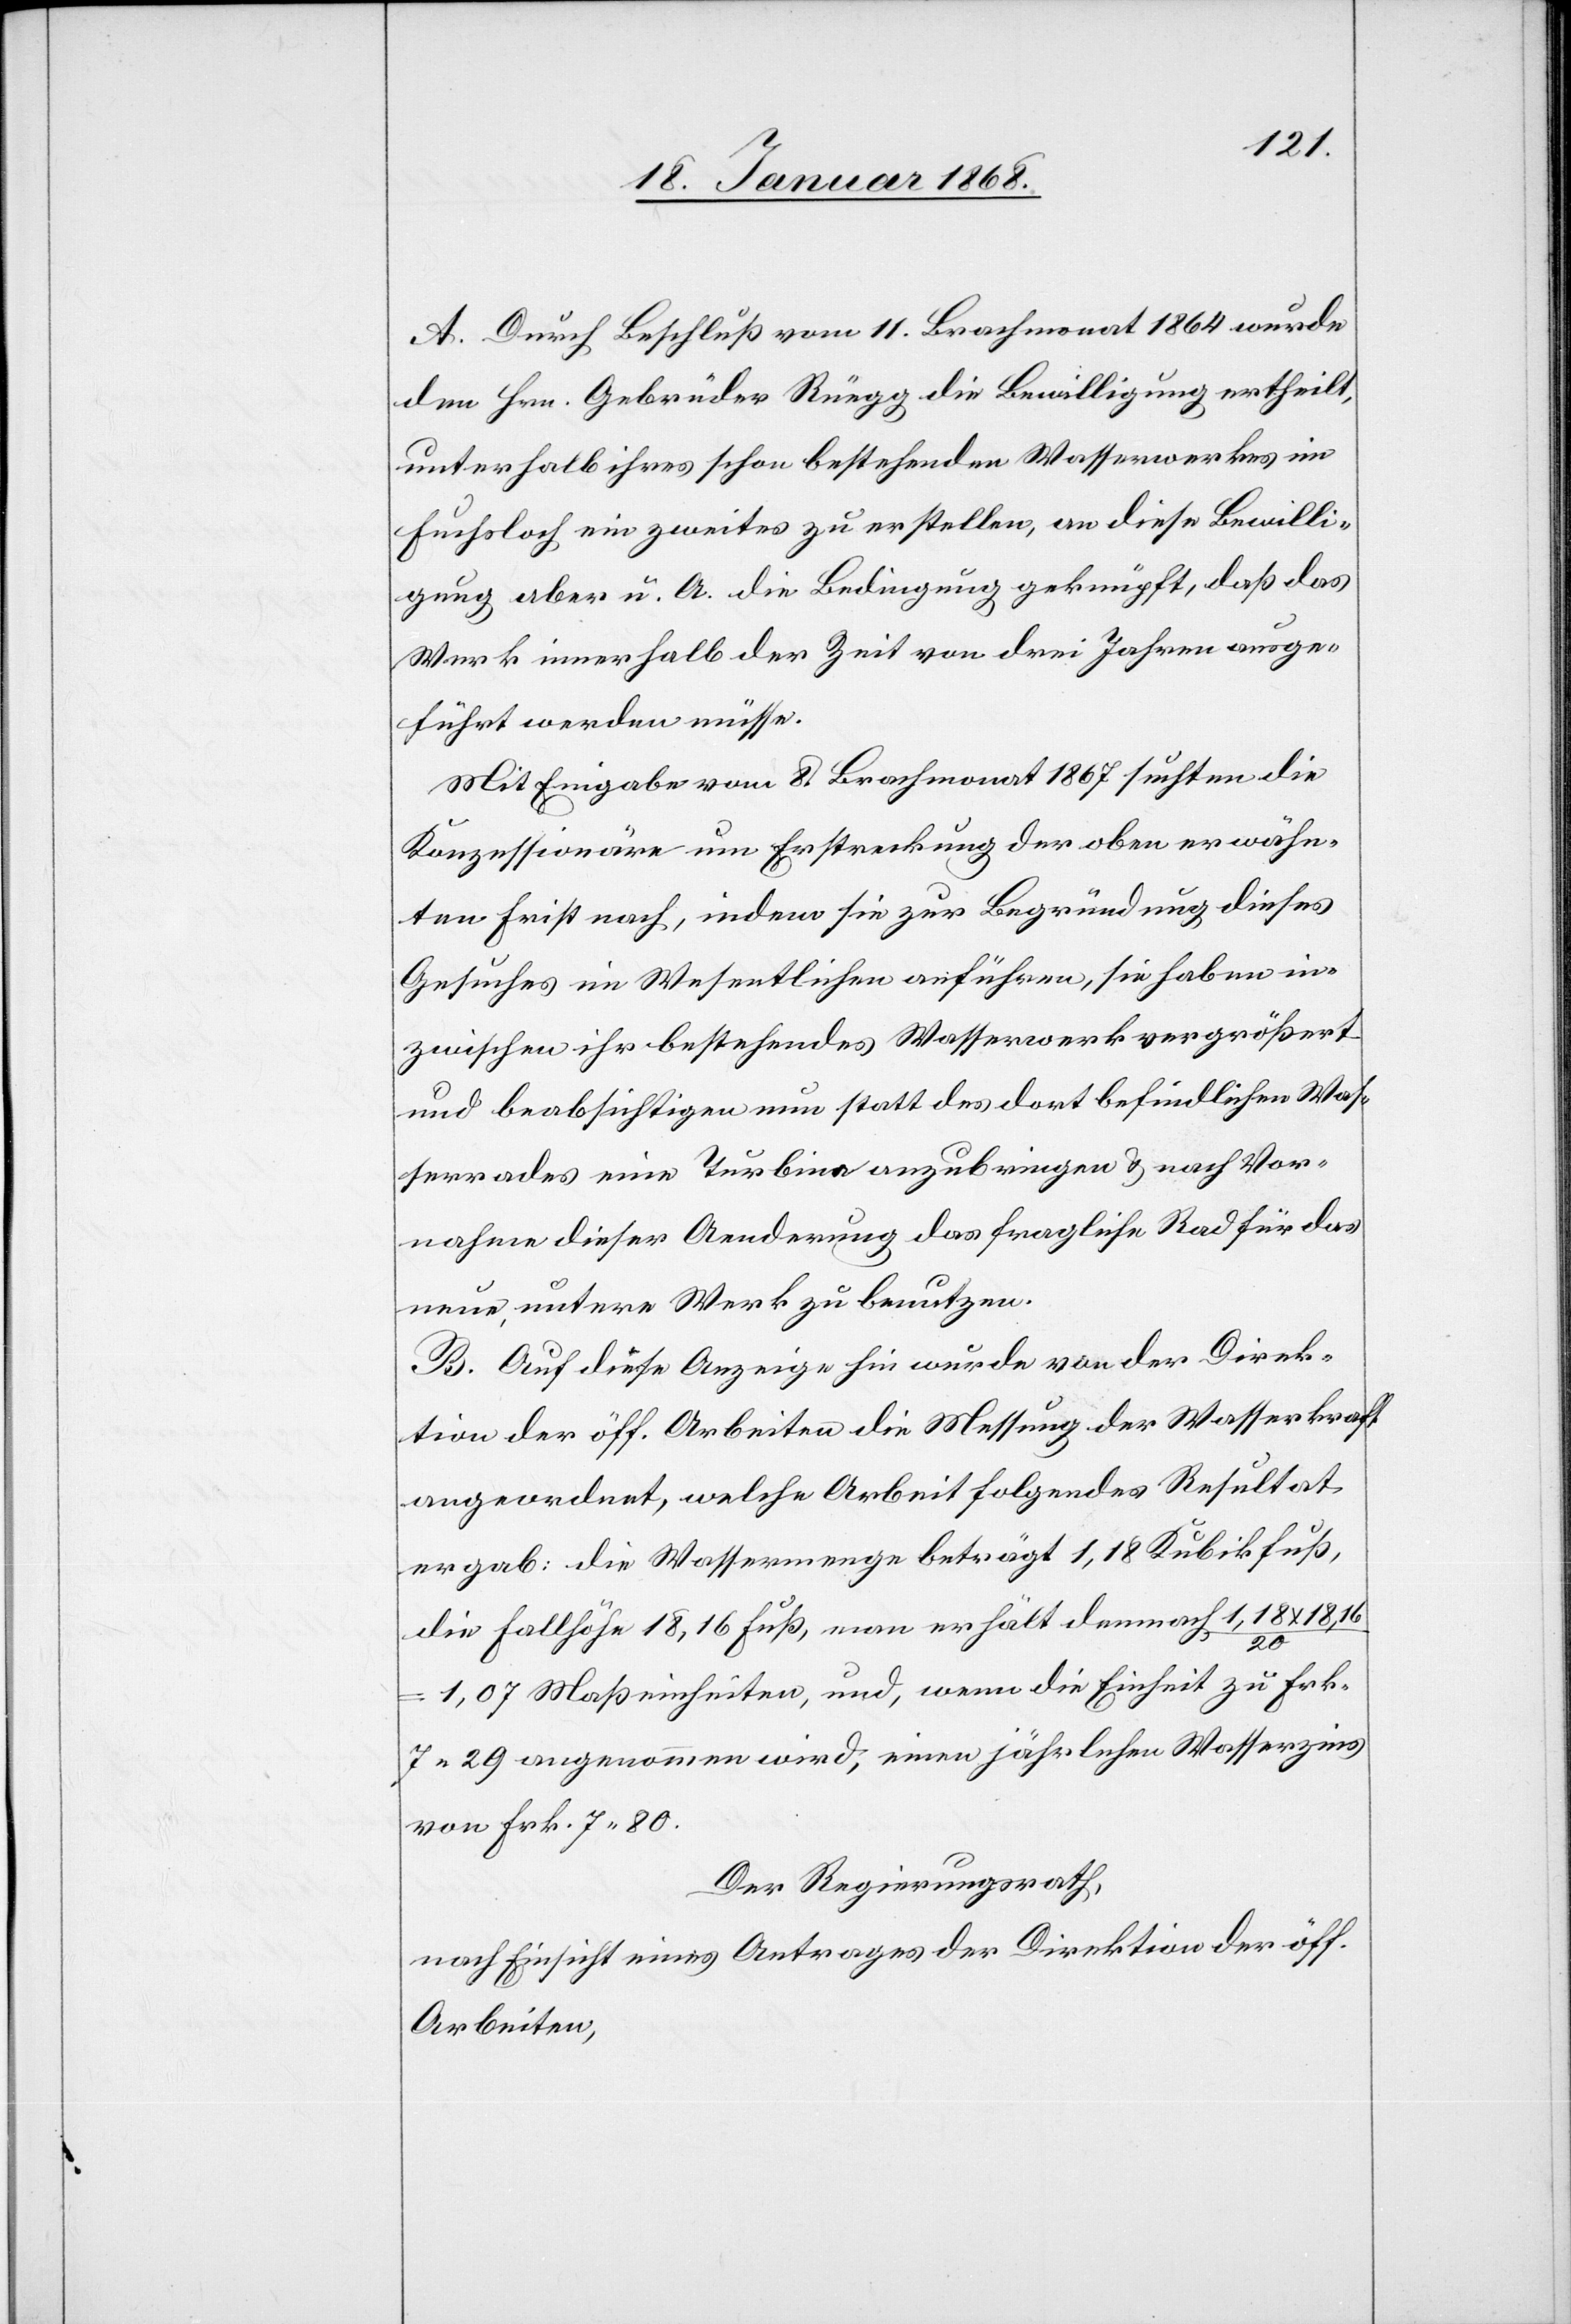
A. Durch Beschluß vom 11. Brachmonat 1864 wurde
den Hrn. Gebrüder Rüegg die Bewilligung ertheilt,
unterhalb ihres schon bestehenden Wasserwerkes im
Fuchsloch ein zweites zu erstellen, an diese Bewilli¬
gung aber u. A. die Bedingung geknüpft, daß das
Werk innerhalb der Zeit von drei Jahren ausge¬
führt werden müsse.
Mit Eingabe vom 8. Brachmonat 1867 suchten die
Konzessionäre um Erstreckung der oben erwähn¬
ten Frist nach, indem sie zur Begründung dieses
Gesuches im Wesentlichen anführen, sie haben in¬
zwischen ihr bestehendes Wasserwerk vergrößert
und beabsichtigen nun statt des dort befindlichen Was¬
serrades eine Turbine anzubringen & nach Vor¬
nahme dieser Aenderung das fragliche Rad für das
neue, untere Werk zu benutzen.
B. Auf diese Anzeige hin wurde von der Direk¬
tion der öff. Arbeiten die Messung der Wasserkraft
angeordnet, welche Arbeit folgendes Resultat
ergab: die Wassermenge beträgt 1,18 Kubikfuß,
die Fallhöhe 18,16 Fuß, man erhält demnach 1,18 x 18,16
20
1,07 Maßeinheiten, und, wenn die Einheit zu Frk.
7 29 angenommen wird, einen jährlichen Wasserzins
von Frk. 7 80.
Der Regierungsrath,
nach Einsicht eines Antrages der Direktion der öff.
Arbeiten,